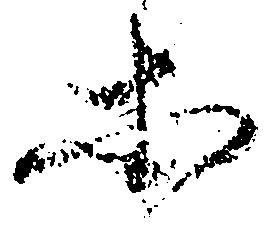
等